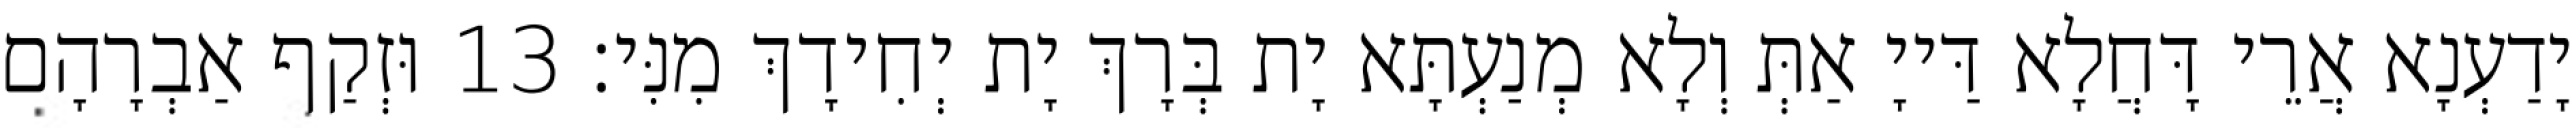
יָדַעְנָא אֲרֵי דָּחֲלָא דַּייָ אַתְּ וְלָא מְנַעְתָּא יָת בְּרָךְ יָת יְחִידָךְ מִנִּי׃ 13 וּזְקַף אַבְרָהָם